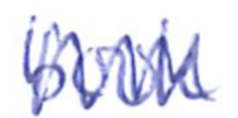
Text: book
Cross-out: zig-zag
Writing tool: ballpoint